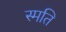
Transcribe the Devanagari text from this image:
स्मति